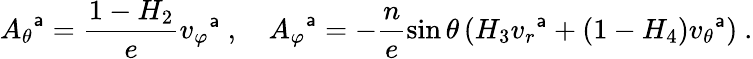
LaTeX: {A_{\theta}}^{\mathsf{a}}=\frac{{1-H_{2}}}{{e}}{v_{\varphi}}^{\mathsf{a}}\ ,\ \ \ \ {A_{\varphi}}^{\mathsf{a}}=-\frac{{n}}{{e}}\sin\theta\left(H_{3}{v_{r}}^{\mathsf{a}}+(1-H_{4}){v_{\theta}}^{\mathsf{a}}\right)\ .